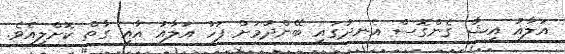
އަލާއު އިޝާ ގެންގޮސް އެނދުގައި ބޭންދުމަށް ފަހު އަލާއު އާއި ގާތް ކޮށްލިއެވެ.